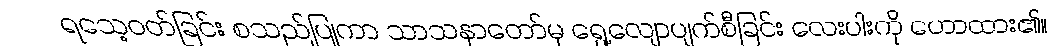
ရသေ့ဝတ်ခြင်း စသည်ပြုကာ သာသနာတော်မှ ရွေ့လျောပျက်စီခြင်း လေးပါးကို ဟောထား၏။